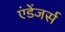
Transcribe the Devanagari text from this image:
एंडेंजर्स